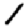
Digit: 1